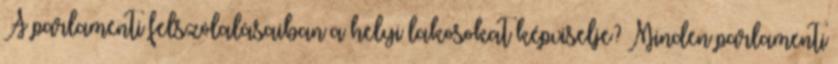
A parlamenti felszólalásaiban a helyi lakosokat képviselje? Minden parlamenti